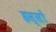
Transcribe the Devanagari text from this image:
हस्सों